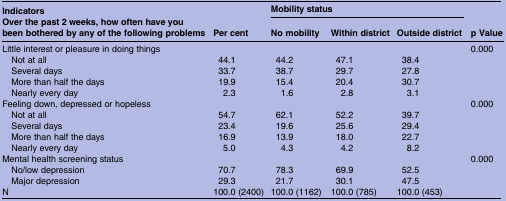
<table><thead><tr><td><b>Indicators</b></td><td rowspan="2"><b>Per cent</b></td><td colspan="3"><b>Mobility status</b></td><td rowspan="2"><b>p Value</b></td></tr><tr><td><b>Over the past 2 weeks, how often have you been bothered by any of the following problems</b></td><td><b>No mobility</b></td><td><b>Within district</b></td><td><b>Outside district</b></td></tr></thead><tbody><tr><td>Little interest or pleasure in doing things</td><td></td><td></td><td></td><td></td><td>0.000</td></tr><tr><td> Not at all</td><td>44.1</td><td>44.2</td><td>47.1</td><td>38.4</td><td></td></tr><tr><td> Several days</td><td>33.7</td><td>38.7</td><td>29.7</td><td>27.8</td><td></td></tr><tr><td> More than half the days</td><td>19.9</td><td>15.4</td><td>20.4</td><td>30.7</td><td></td></tr><tr><td> Nearly every day</td><td>2.3</td><td>1.6</td><td>2.8</td><td>3.1</td><td></td></tr><tr><td>Feeling down, depressed or hopeless</td><td><b> </b></td><td><b> </b></td><td><b> </b></td><td><b> </b></td><td>0.000</td></tr><tr><td> Not at all</td><td>54.7</td><td>62.1</td><td>52.2</td><td>39.7</td><td></td></tr><tr><td> Several days</td><td>23.4</td><td>19.6</td><td>25.6</td><td>29.4</td><td></td></tr><tr><td> More than half the days</td><td>16.9</td><td>13.9</td><td>18.0</td><td>22.7</td><td></td></tr><tr><td> Nearly every day</td><td>5.0</td><td>4.3</td><td>4.2</td><td>8.2</td><td></td></tr><tr><td>Mental health screening status</td><td></td><td></td><td></td><td></td><td>0.000</td></tr><tr><td> No/low depression</td><td>70.7</td><td>78.3</td><td>69.9</td><td>52.5</td><td></td></tr><tr><td> Major depression</td><td>29.3</td><td>21.7</td><td>30.1</td><td>47.5</td><td></td></tr><tr><td>N</td><td>100.0 (2400)</td><td>100.0 (1162)</td><td>100.0 (785)</td><td>100.0 (453)</td><td></td></tr></tbody></table>